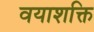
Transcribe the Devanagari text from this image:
वयाशक्ति